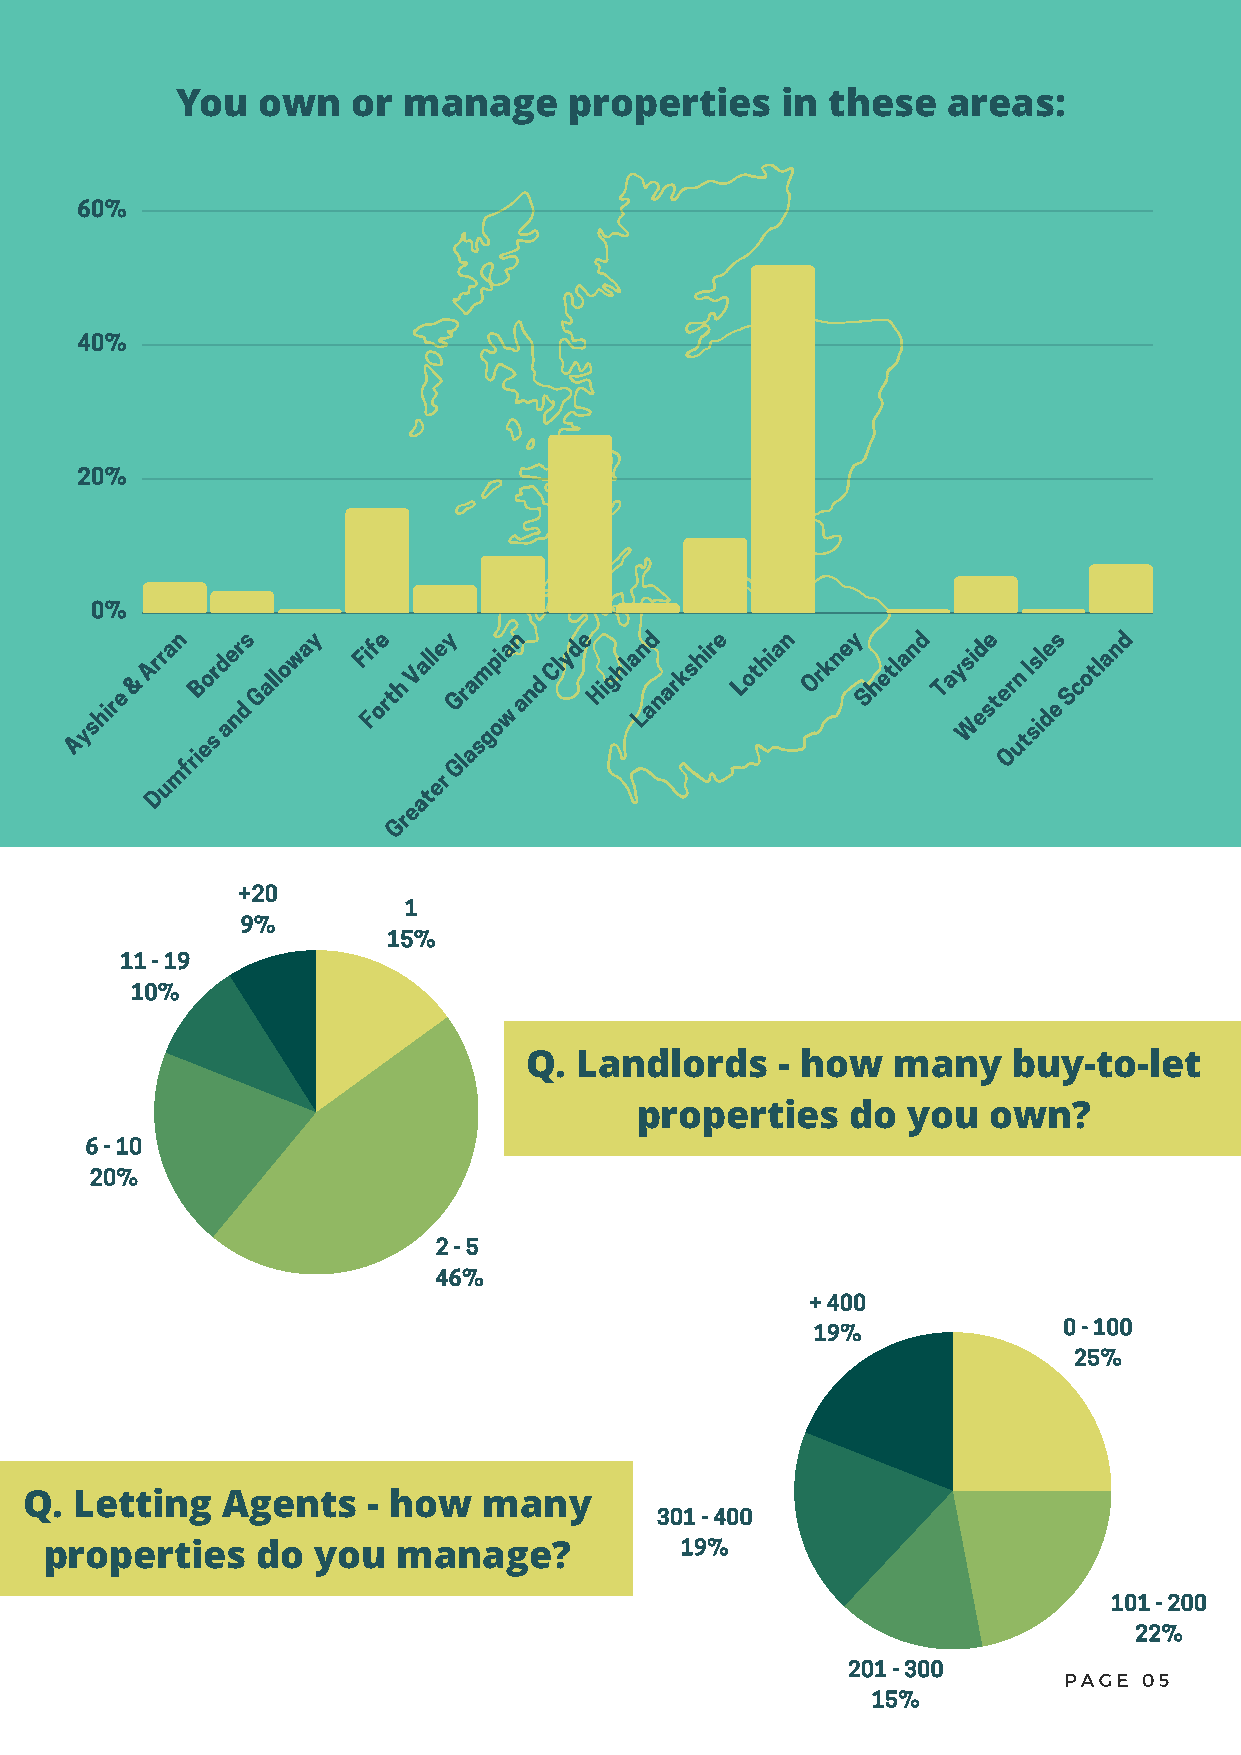
You  own   or  manage     properties    in these   areas:
 60%
 40%
 20%
 0%
 n    s   y    e   y    n   e    d   e    n   y    d   e    s   d
 hire
 &
 Arra Borde nr
 d
 Gallowa Fi Ff
 orth
 Valle
 Gra
 m
 pia
 w
 and
 Clyd Highla Ln anarkshir Lothia Orkne Shetlan Taysi ed
 stern
 Isl de
 e
 Scotlan
 Ays
 fries
 a               Glasgo                            W Outsi
 u
 m
 er
 D                at
 e
 Gr
 +20
 1
 9%
 15%
 11 - 19
 10%
 Q. Landlords     - how  many    buy-to-let
 properties    do  you  own?
 6 - 10
 20%
 2 - 5
 46%
 + 400
 19%             0 - 100
 25%
 Q. Letting   Agents   - how   many
 301 - 400
 19%
 properties    do  you  manage?
 101 - 200
 22%
 201 - 300
 PAGE  05
 15%